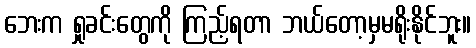
ဘေးက ရှုခင်းတွေကို ကြည့်ရတာ ဘယ်တော့မှမရိုးနိုင်ဘူး။